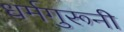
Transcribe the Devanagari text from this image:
धर्मगुरूनी